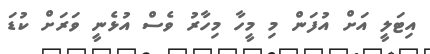
އިޓަލީ އަށް އުފަން މި މީހާ މިހާރު ވެސް އުޅެނީ ވަރަށް ކުޑަ